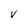
Character: v